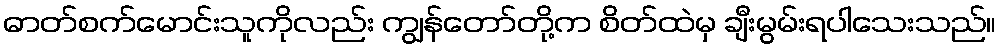
ဓာတ်စက်မောင်းသူကိုလည်း ကျွန်တော်တို့က စိတ်ထဲမှ ချီးမွမ်းရပါသေးသည်။